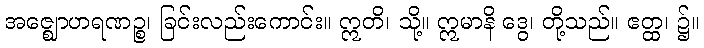
အဇ္ဈောဟရဏဉ္စ၊ ခြင်းလည်းကောင်း။ ဣတိ၊ သို့။ ဣမာနိ ဒွေ၊ တို့သည်။ ဧတ္ထ၊ ၌။